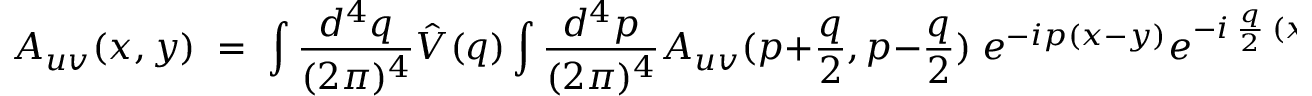
A _ { u v } ( x , y ) \; = \; \int \frac { d ^ { 4 } q } { ( 2 \pi ) ^ { 4 } } \: \hat { V } ( q ) \int \frac { d ^ { 4 } p } { ( 2 \pi ) ^ { 4 } } \: A _ { u v } ( p + \frac { q } { 2 } , p - \frac { q } { 2 } ) \; e ^ { - i p ( x - y ) } \: e ^ { - i \: \frac { q } { 2 } \: ( x + y ) } \; ,